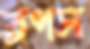
ব্লগস